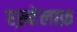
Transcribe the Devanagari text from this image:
एख़्तेलाफ़